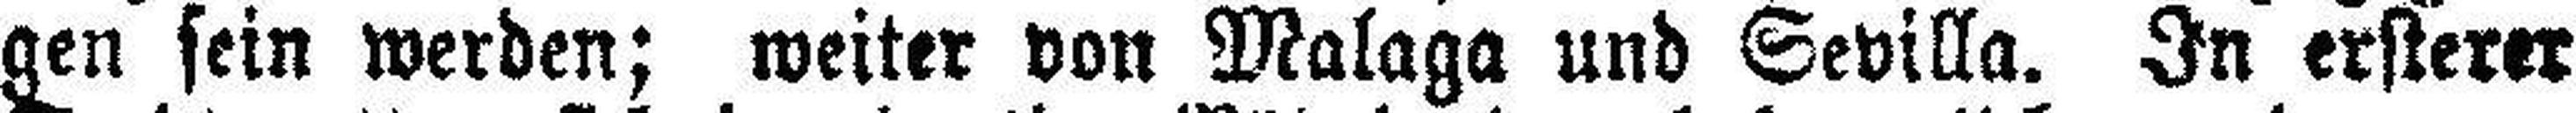
gen sein werden; weiter von Malaga und Sevilla. In ersterer